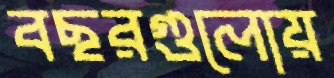
বছরগুলোয়